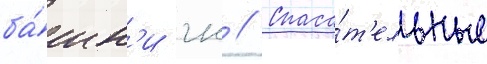
ба́шн'и гк // Спаса́т'ельные